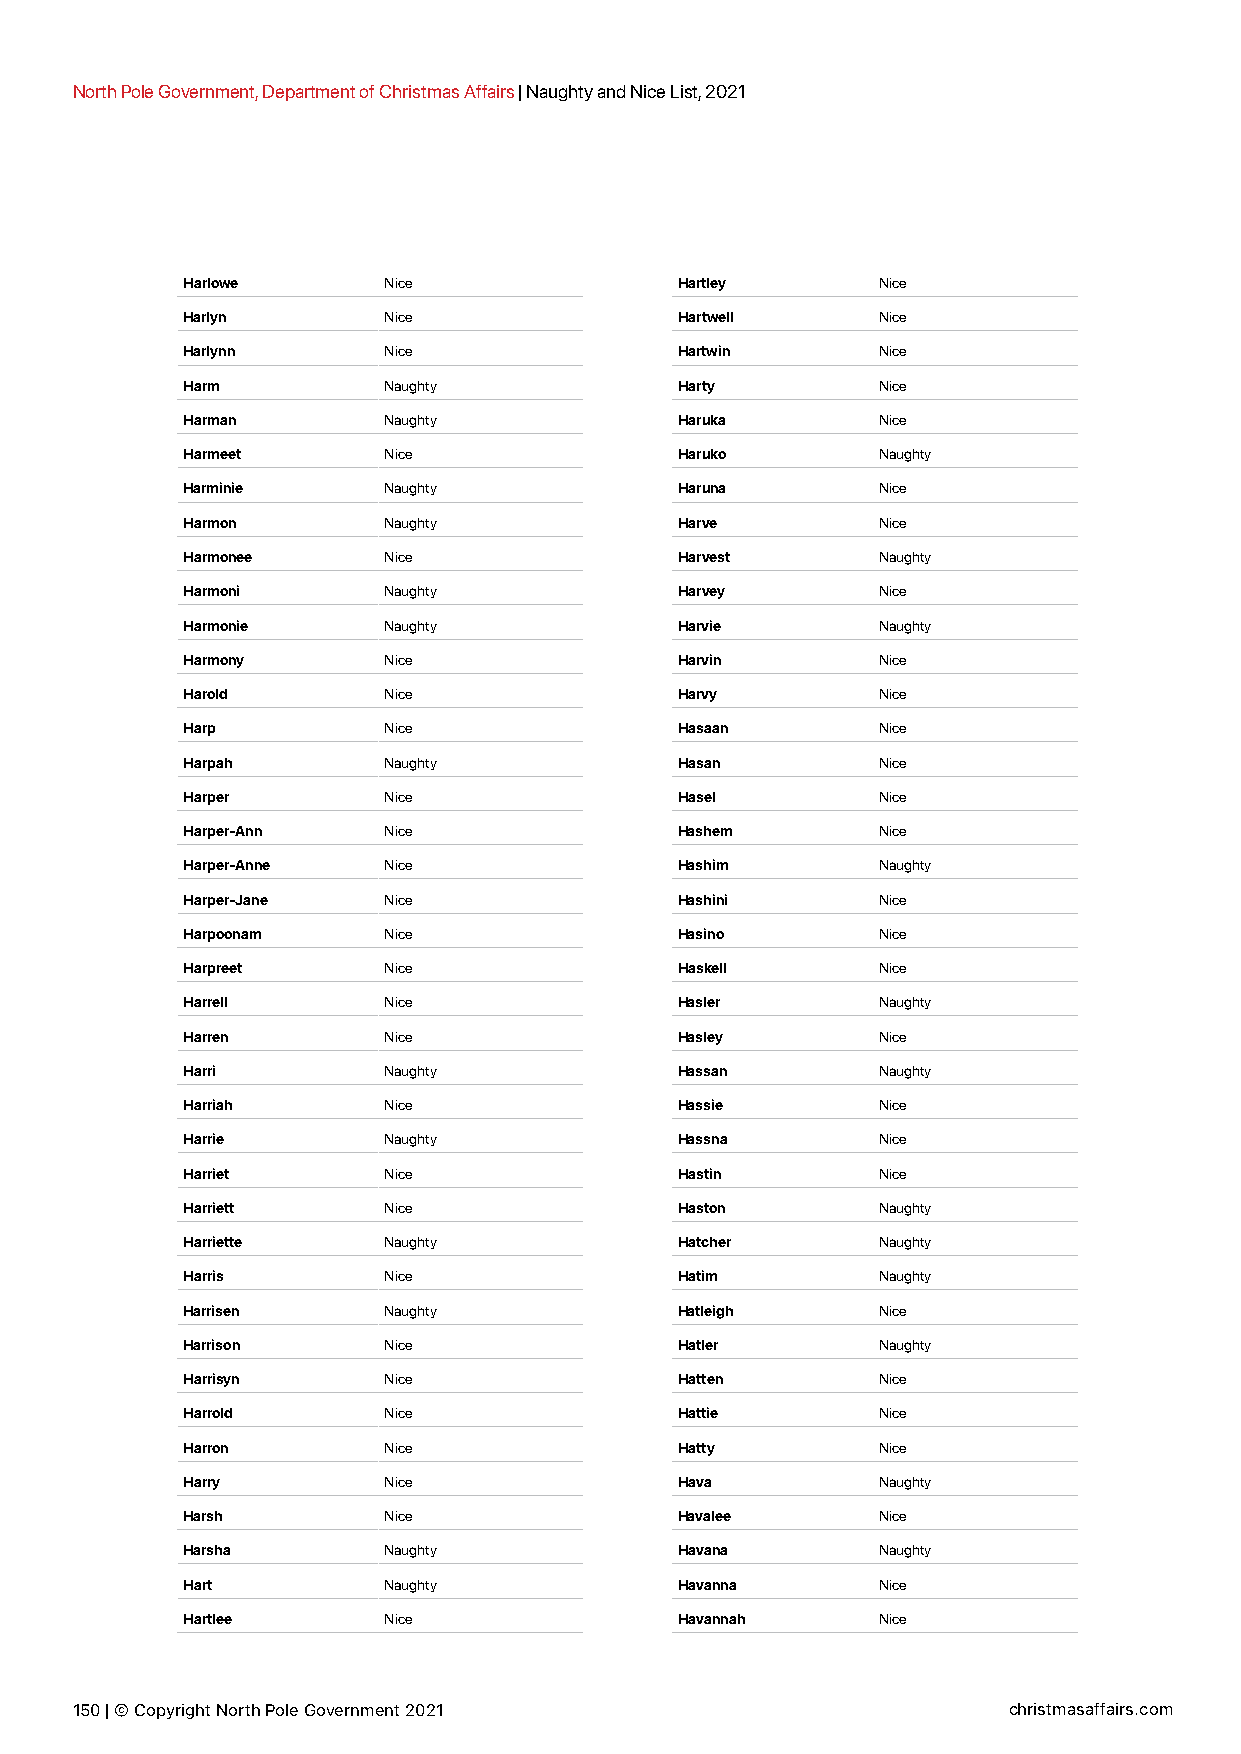
North Pole Government, Department of Christmas Affairs | Naughty and Nice List, 2021
 Harlowe      Nice                Hartley      Nice
 Harlyn       Nice                Hartwell     Nice
 Harlynn      Nice                Hartwin      Nice
 Harm         Naughty             Harty        Nice
 Harman       Naughty             Haruka       Nice
 Harmeet      Nice                Haruko       Naughty
 Harminie     Naughty             Haruna       Nice
 Harmon       Naughty             Harve        Nice
 Harmonee     Nice                Harvest      Naughty
 Harmoni      Naughty             Harvey       Nice
 Harmonie     Naughty             Harvie       Naughty
 Harmony      Nice                Harvin       Nice
 Harold       Nice                Harvy        Nice
 Harp         Nice                Hasaan       Nice
 Harpah       Naughty             Hasan        Nice
 Harper       Nice                Hasel        Nice
 Harper-Ann   Nice                Hashem       Nice
 Harper-Anne  Nice                Hashim       Naughty
 Harper-Jane  Nice                Hashini      Nice
 Harpoonam    Nice                Hasino       Nice
 Harpreet     Nice                Haskell      Nice
 Harrell      Nice                Hasler       Naughty
 Harren       Nice                Hasley       Nice
 Harri        Naughty             Hassan       Naughty
 Harriah      Nice                Hassie       Nice
 Harrie       Naughty             Hassna       Nice
 Harriet      Nice                Hastin       Nice
 Harriett     Nice                Haston       Naughty
 Harriette    Naughty             Hatcher      Naughty
 Harris       Nice                Hatim        Naughty
 Harrisen     Naughty             Hatleigh     Nice
 Harrison     Nice                Hatler       Naughty
 Harrisyn     Nice                Hatten       Nice
 Harrold      Nice                Hattie       Nice
 Harron       Nice                Hatty        Nice
 Harry        Nice                Hava         Naughty
 Harsh        Nice                Havalee      Nice
 Harsha       Naughty             Havana       Naughty
 Hart         Naughty             Havanna      Nice
 Hartlee      Nice                Havannah     Nice
 150 | © Copyright North Pole Government 2021                  christmasaffairs.com